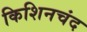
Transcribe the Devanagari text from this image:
किशिनचंद